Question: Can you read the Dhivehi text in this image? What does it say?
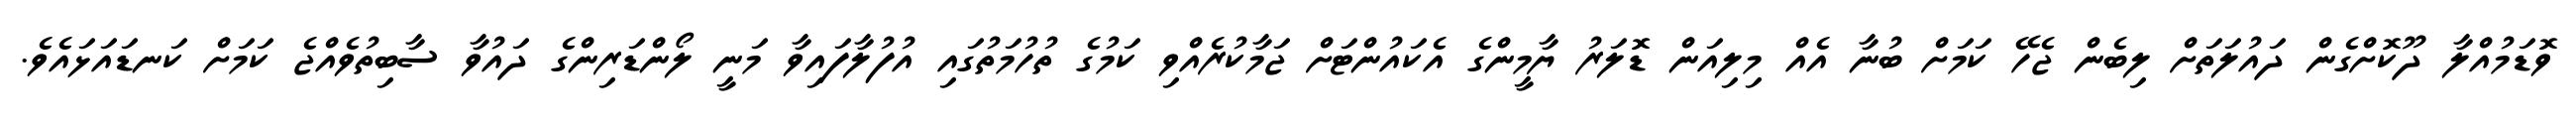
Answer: ވޮޑަމުއްލާ ދޫކޮށްގެން ދައުލަތަށް ލިބެން ޖެހޭ ކަމަށް ބުނާ އެއް މިލިއަން ޑޮލަރު ޔާމީންގެ އެކައުންޓަށް ޖަމާކުރެއްވި ކަމުގެ ތުހުމަތުގައި އުފުލާފައިވާ މަނީ ލޯންޑަރިންގެ ދައުވާ ސާބިތުވެއްޖެ ކަމަށް ކަނޑައަޅައެވެ.